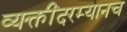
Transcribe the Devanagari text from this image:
व्यक्तींदरम्यानच